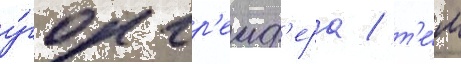
у́гол гр'еиф'ера / т'е́м